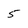
Character: 5